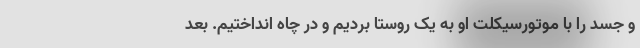
و جسد را با موتورسیکلت او به یک روستا بردیم و در چاه انداختیم. بعد